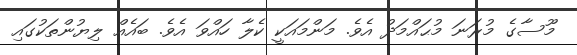
މޫސާގެ މުރަނަ މުޙައްމަދު އެވެ. މަންމައަކީ ކެލާ ހައްވަ އެވެ. ބައެއް ލިޔުންތަކުގައި